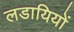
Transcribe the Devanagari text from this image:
लडायियों